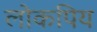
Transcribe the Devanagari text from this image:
लोकपिय